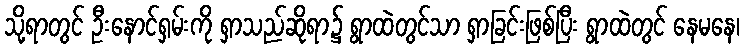
သို့ရာတွင် ဦးနောင်ရှမ်းကို ရှာသည်ဆိုရာ၌ ရွာထဲတွင်သာ ရှာခြင်းဖြစ်ပြီး ရွာထဲတွင် နေမနေ၊